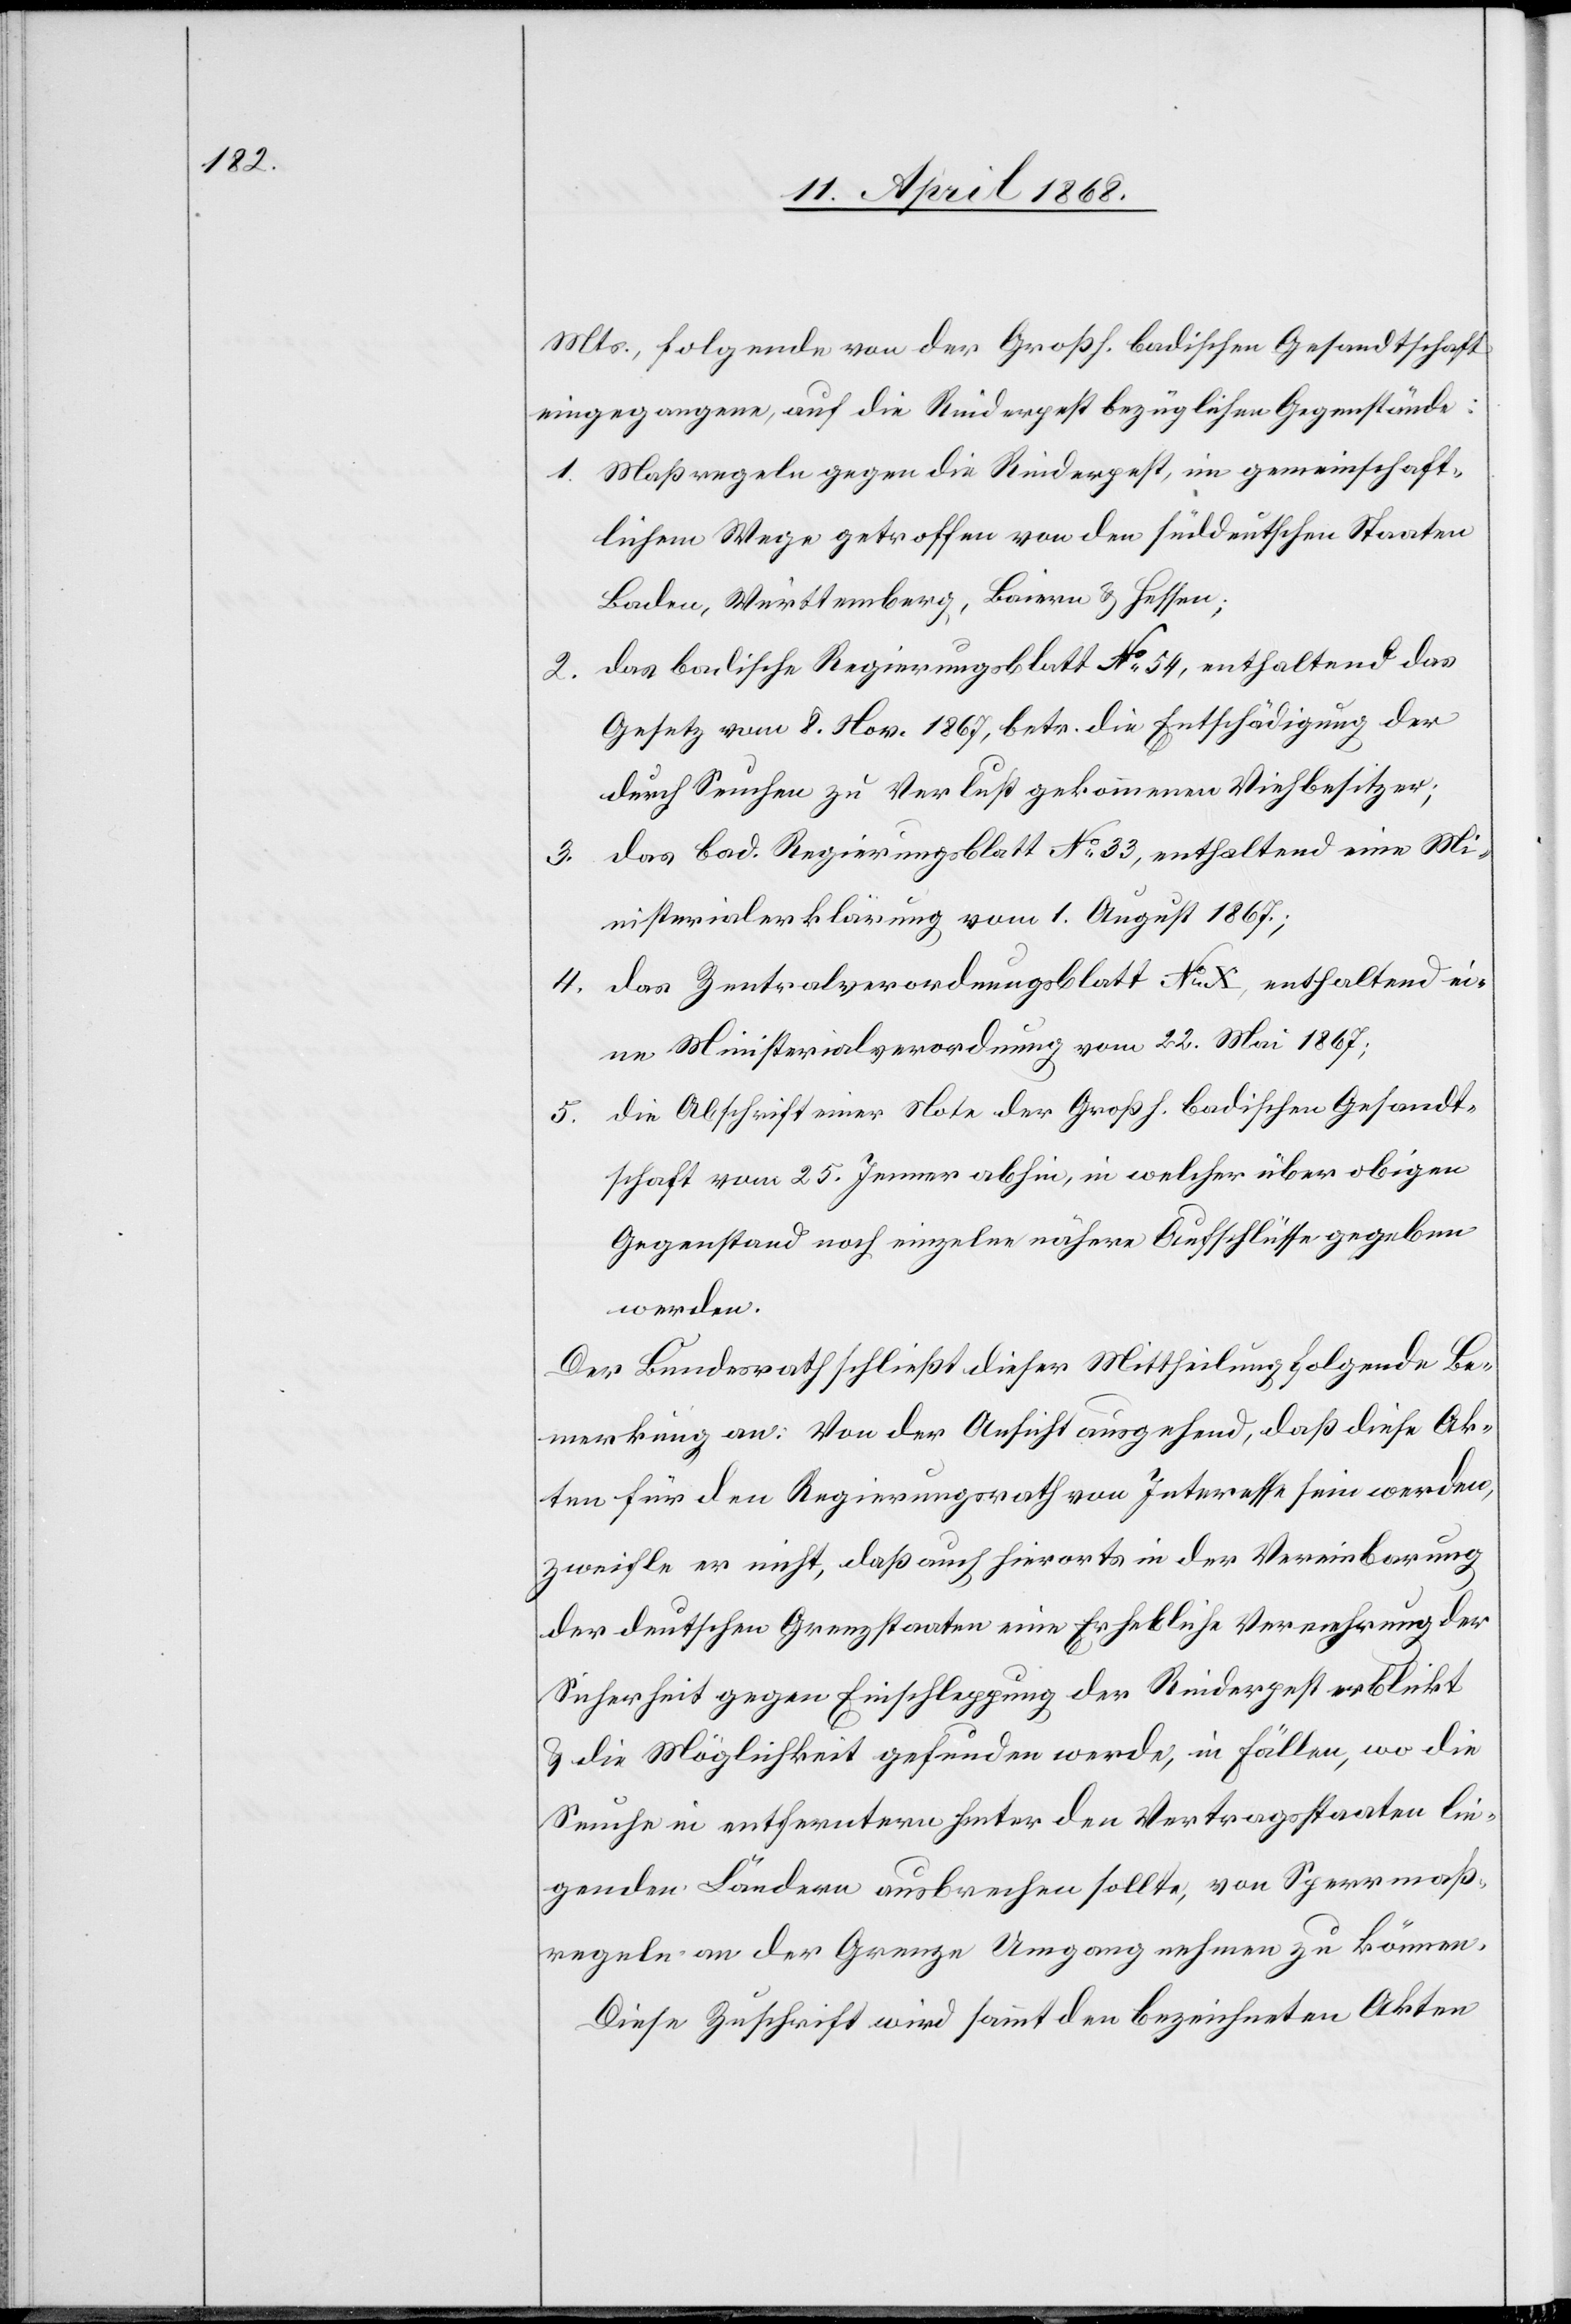
Mts., folgende von der Großh. badischen Gesandtschaft
eingegangene, auf die Rinderpest bezüglichen Gegenstände:
Maßregeln gegen die Rinderpest, im gemeinschaft¬
lichem Wege getroffen von den süddeutschen Staaten
Baden, Württemberg, Baiern & Hessen;
das badische Regierungsblatt No. 54, enthaltend das
Gesetz vom 8. Nov. 1867, betr. die Entschädigung der
durch Seuchen zu Verlust gekommenen Viehbesitzer;
das bad. Regierungsblatt No. 33, enthaltend eine Mi¬
nisterialerklärung vom 1. August 1867.;
das Zentralverordnungsblatt No. X, enthaltend ei¬
ne Ministerialverordnung vom 22. Mai 1867;
die Abschrift einer Note der Großh. badischen Gesandt¬
schaft vom 25. Jenner abhin, in welcher über obigen
Gegenstand noch einzelne nähere Aufschlüsse gegeben
werden.
Der Bundesrath schließt dieser Mittheilung folgende Be¬
merkung an: Von der Ansicht ausgehend, daß diese Ak¬
ten für den Regierungsrath von Interesse sein werden,
zweifle er nicht, daß auch hierorts in der Vereinbarung
der deutschen Grenzstaaten eine Erhebliche Vermehrung der
Sicherheit gegen Einschleppung der Rinderpest erblickt
& die Möglichkeit gefunden werde, in Fällen, wo die
Seuche in entferntern hinter den Vertragsstaaten lie¬
genden Ländern ausbrechen sollte, von Sperrmaß¬
regeln an der Grenze Umgang nehmen zu können.
Diese Zuschrift wird sammt den bezeichneten Akten